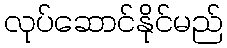
လုပ်ဆောင်နိုင်မည်